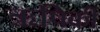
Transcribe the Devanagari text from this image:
ऋषिकी